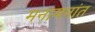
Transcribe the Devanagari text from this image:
मनामनांत